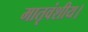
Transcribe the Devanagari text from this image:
मातृवंशीय।